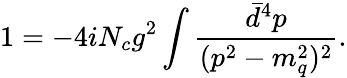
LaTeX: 1=-4iN_{c}g^{2}\int\frac{\bar{d}^{4}p}{(p^{2}-m_{q}^{2})^{2}}.